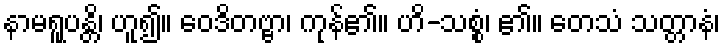
နာမရူပန္တိ၊ ဟူ၍။ ဝေဒိတဗ္ဗာ၊ ကုန်၏။ ဟိ-သစ္စံ၊ ၏။ တေသံ သတ္တာနံ၊